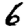
Digit: 6